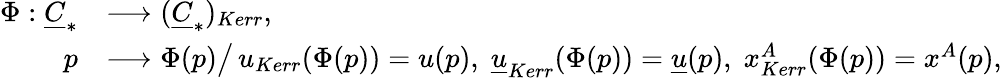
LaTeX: \begin{array}{rl}{\Phi:{\underline{{C}}}_{*}}&{\longrightarrow({\underline{{C}}}_{*})_{Kerr},}\\ {p}&{\longrightarrow\Phi(p)\big/\, u_{Kerr}(\Phi(p))=u(p),\; {\underline{{u}}}_{Kerr}(\Phi(p))={\underline{{u}}}(p),\; x_{Kerr}^{A}(\Phi(p))=x^{A}(p),}\end{array}